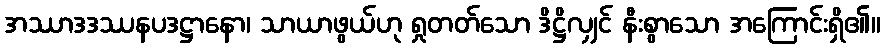
အဿာဒဒဿနပဒဋ္ဌာနော၊ သာယာဖွယ်ဟု ရှုတတ်သော ဒိဋ္ဌိလျှင် နီးစွာသော အကြောင်းရှိ၏။